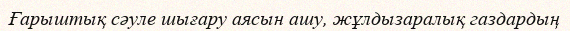
Ғарыштық сәуле шығару аясын ашу, жұлдызаралық газдардың